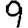
Digit: 9